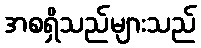
အစရှိသည်များသည်